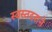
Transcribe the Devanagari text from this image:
स्वस्तदराने